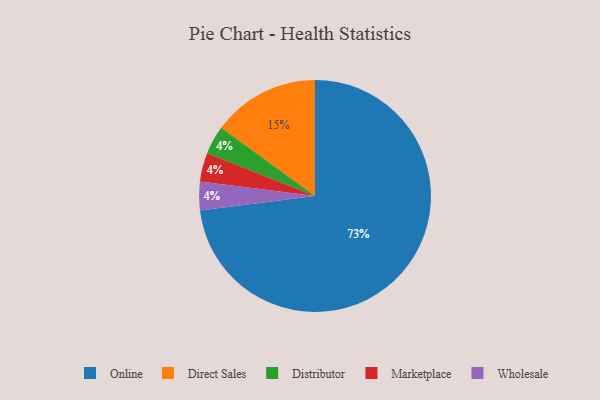
{"axis": {"x": "Category", "y": "Percentage"}, "legend": ["Direct Sales", "Distributor", "Marketplace", "Online", "Wholesale"], "data": [{"x": "Distributor", "y": 4, "type": "Distributor"}, {"x": "Marketplace", "y": 4, "type": "Marketplace"}, {"x": "Online", "y": 73, "type": "Online"}, {"x": "Wholesale", "y": 4, "type": "Wholesale"}, {"x": "Direct Sales", "y": 15, "type": "Direct Sales"}]}